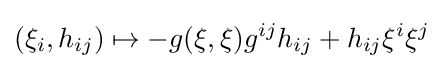
(\xi _{i},h_{ij})\mapsto -g(\xi ,\xi )g^{ij}h_{ij}+h_{ij}\xi ^{i}\xi ^{j}